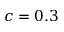
c = 0 . 3